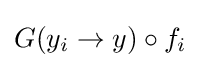
G(y_{i}\to y)\circ f_{i}